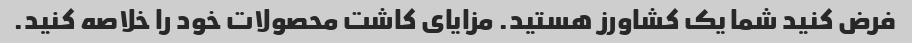
فرض کنید شما یک کشاورز هستید. مزایای کاشت محصولات خود را خلاصه کنید.